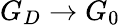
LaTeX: G_{D}\to G_{0}